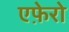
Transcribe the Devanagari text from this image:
एफ़ेरो